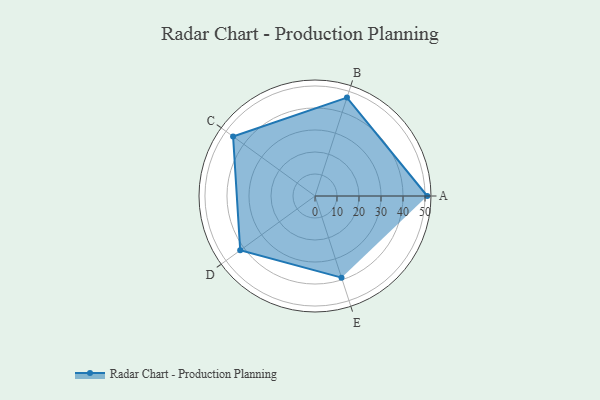
{"axis": {"x": "Skill", "y": "Score"}, "legend": ["Profile"], "data": [{"x": "A", "y": 51.0, "type": "Profile"}, {"x": "B", "y": 47.0, "type": "Profile"}, {"x": "C", "y": 46.0, "type": "Profile"}, {"x": "D", "y": 42.0, "type": "Profile"}, {"x": "E", "y": 39.0, "type": "Profile"}]}